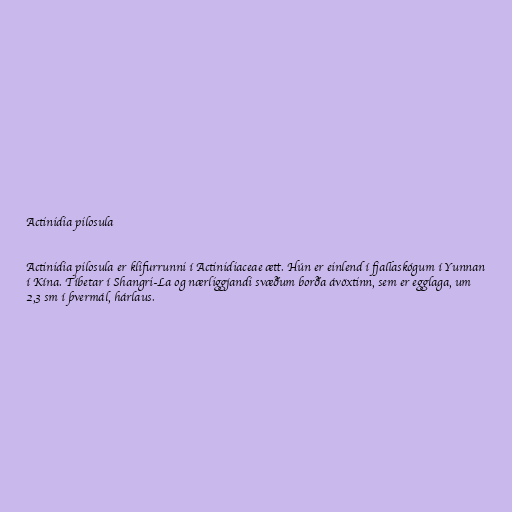
Actinidia pilosula

Actinidia pilosula er klifurrunni í Actinidiaceae ætt. Hún er einlend í fjallaskógum í Yunnan
í Kína. Tíbetar í Shangri-La og nærliggjandi svæðum borða ávöxtinn, sem er egglaga, um
2,3 sm í þvermál, hárlaus.